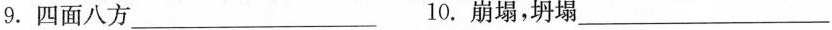
9.四面八方___ 10.崩塌，坍塌___